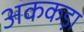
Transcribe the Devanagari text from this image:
अककड़ा